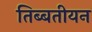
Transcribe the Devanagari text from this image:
तिब्‍बतीयन